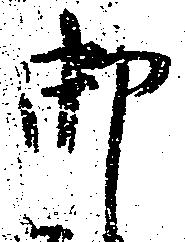
御